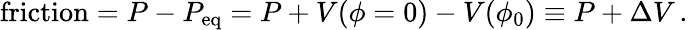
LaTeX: \mathrm{friction}=P-P_{\mathrm{eq}}=P+V(\phi=0)-V(\phi_{0})\equiv P+\Delta V\, .